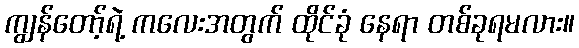
ကျွန်တော့်ရဲ့ ကလေးအတွက် ထိုင်ခုံ နေရာ တစ်ခုရမလား။